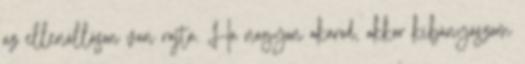
az ellenálláson van rajta. Ha nagyon akarod, akkor kibányászom